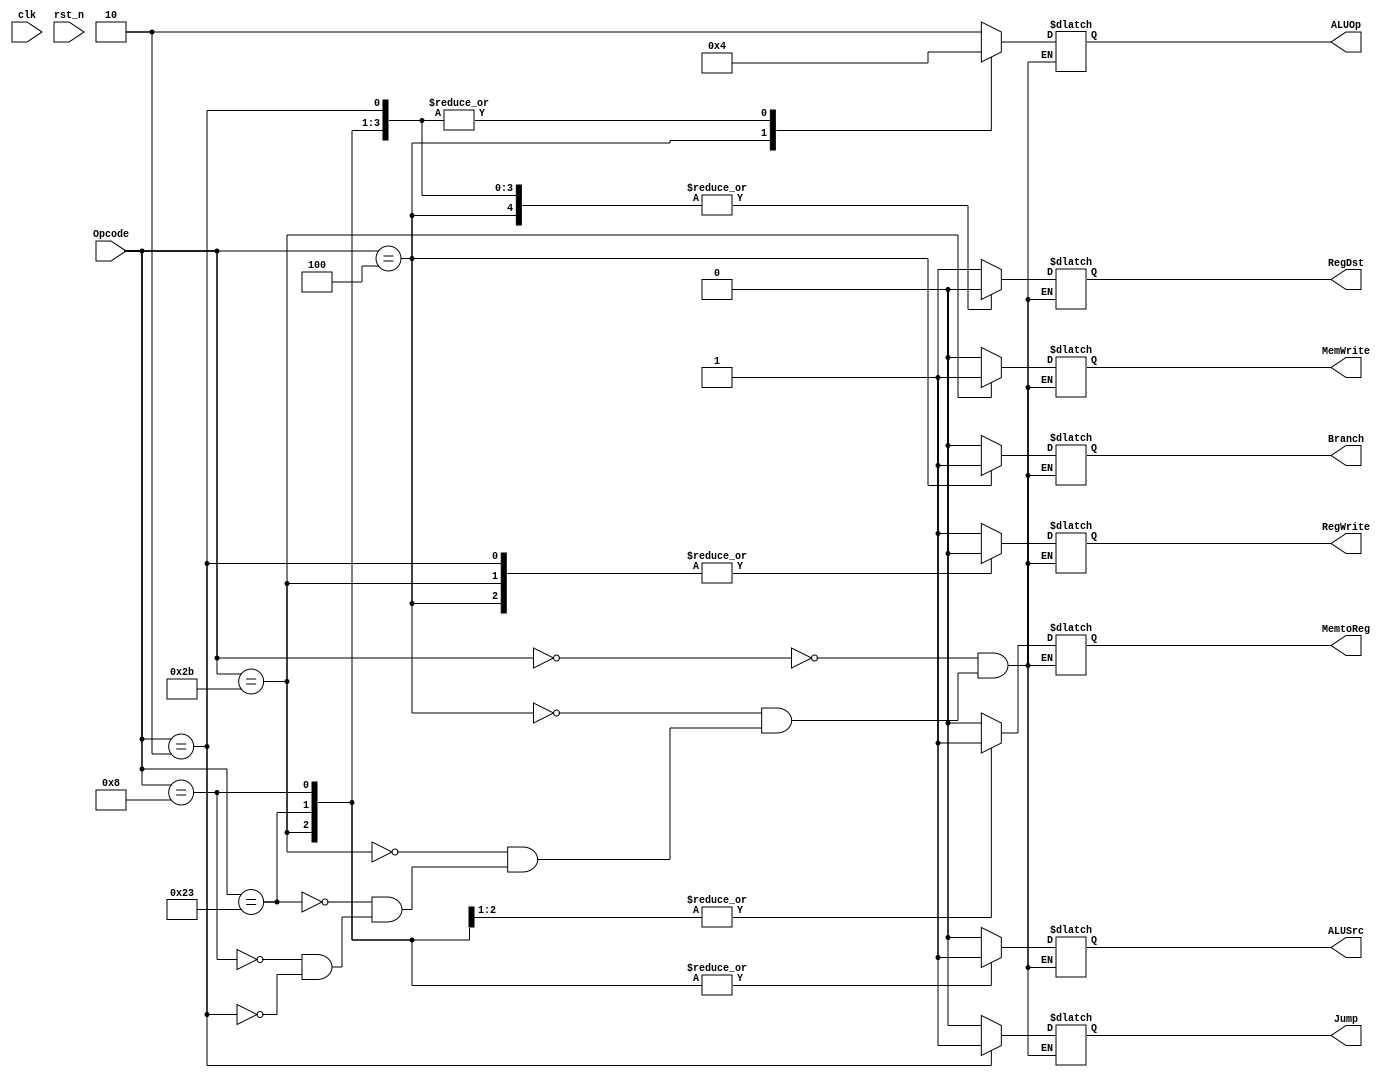
module Control_Unit(
    // System Clock
    input        clk,   // clock
    input        rst_n, // reset

    // User Interface
    output  reg [1:0]    ALUOp,         // 1 bit
    output  reg     MemWrite,RegWrite,  // Will there be writing to memory/register
    output  reg     RegDst,             // Destination register
    output  reg     MemtoReg,           // Will data be passed from memory to register
    output  reg     ALUSrc,
    output  reg     Branch,             // Is there branching involved 
    output  reg     Jump,               // Is there jumping involved 
    input   [5:0]   Opcode              // 5 bits inputted Opcode to know what operation to conduct
);

always @(*) begin
    case (Opcode) // Switch statement to decide what values to output based on the instruction
       
        // R type no Immediate Instruction
        6'b000000 : begin
            RegWrite = 1'b1;
            RegDst   = 1'b1;
            ALUSrc   = 1'b0;
            Branch   = 1'b0;
            MemWrite = 1'b0;
            MemtoReg = 1'b0;
            ALUOp    = 2'b10;
            Jump     = 1'b0;
        end

        // beq Instruction
        6'b000100 : begin
            RegWrite = 1'b0;
            RegDst   = 1'b0;    // dont care
            ALUSrc   = 1'b0;
            Branch   = 1'b1;    
            MemWrite = 1'b0;
            MemtoReg = 1'b0;    // dont care
            ALUOp    = 2'b01;
            Jump     = 1'b0;
        end

        // sw Instruction
        6'b101011 : begin
            RegWrite = 1'b0;
            RegDst   = 1'b0;    // dont care
            ALUSrc   = 1'b1;
            Branch   = 1'b0;
            MemWrite = 1'b1;
            MemtoReg = 1'b1;    // dont care
            ALUOp    = 2'b00;
            Jump     = 1'b0;
        end

        // lw Instruction
        6'b100011 : begin
            RegWrite = 1'b1;
            RegDst   = 1'b0;
            ALUSrc   = 1'b1;
            Branch   = 1'b0;
            MemWrite = 1'b0;
            MemtoReg = 1'b1;
            ALUOp    = 2'b00;
            Jump     = 1'b0;
        end

        // addi Instruction
        6'b001000 : begin
            RegWrite = 1'b1;
            RegDst   = 1'b0;
            ALUSrc   = 1'b1;
            Branch   = 1'b0;
            MemWrite = 1'b0;
            MemtoReg = 1'b0;
            ALUOp    = 2'b00;
            Jump     = 1'b0;
        end

        // J type Instruction
        6'b000010 : begin
            RegWrite = 1'b0;
            RegDst   = 1'b0;
            ALUSrc   = 1'b0;
            Branch   = 1'b0;
            MemWrite = 1'b0;
            MemtoReg = 1'b0;
            ALUOp    = 2'b00;
            Jump     = 1'b1;
        end
        default: ;
    endcase
end

endmodule